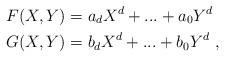
LaTeX: \begin{align*}F(X,Y) & = a_d X^d+ ... + a_0 Y^d\\G(X,Y) & = b_d X^d + ... + b_0 Y^d\ ,\end{align*}